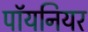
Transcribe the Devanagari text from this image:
पॉयनियर